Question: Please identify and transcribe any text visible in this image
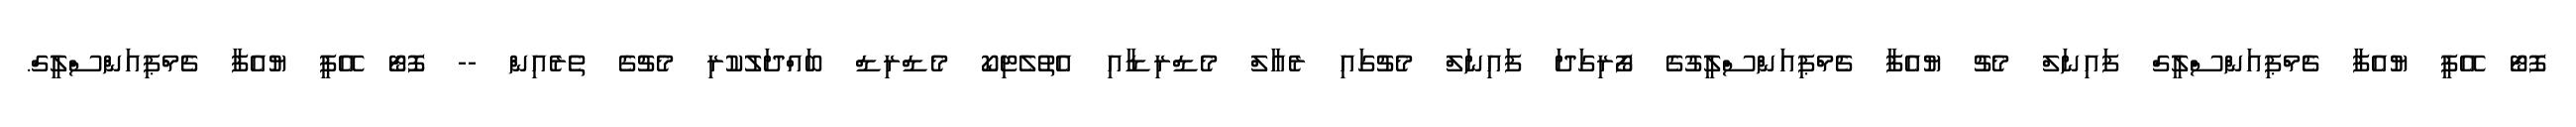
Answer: ފޮޓޯ އޭޕީ ޔުއެފާ ޗެމްޕިއަންސްލީގް ފައިނަލް މެޗު ޔުއެފާ ޗެމްޕިއަންސްލީގުގެ ފޯރިގަދަ ފައިނަލް މެޗުގައި ރެއާލް މެޑްރިޑާއި އެތުލެޓިކޯ މެޑްރިޑް ބައްދަލުކުރި މެޗުގެ ތެރެއިން -- ފޮޓޯ އޭޕީ ޔުއެފާ ޗެމްޕިއަންސްލީގް.